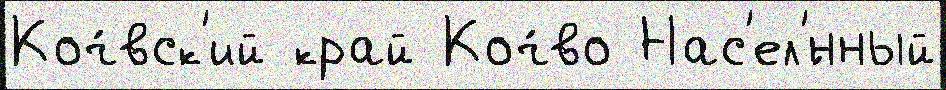
Коч́вск'ий край Коч́во Нас'ел'́нный